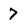
Character: 7